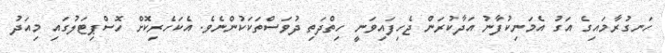
ހަނގުރާމައިގެ އަގު އެމަނިކުފާނު އަދާކުރަން ޖެހިފައިވަނީ ހިތްދަތި ދުވަސްތަކަކުންނެވެ. އެކަހެރިކޮށް ހޮސްޕިޓަލުގައި މިއަދު